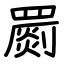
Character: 罽